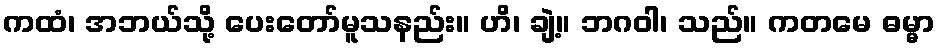
ကထံ၊ အဘယ်သို့ ပေးတော်မူသနည်း။ ဟိ၊ ချဲ့။ ဘဂဝါ၊ သည်။ ကတမေ ဓမ္မာ